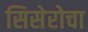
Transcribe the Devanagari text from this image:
सिसेरोचा